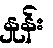
နှုန်း